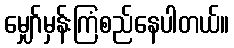
မျှော်မှန်းကြံစည်နေပါတယ်။